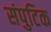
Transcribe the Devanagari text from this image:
संपुटिक